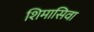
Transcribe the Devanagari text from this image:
शिमासिवा